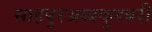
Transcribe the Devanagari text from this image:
साहपुरअब्बदुलबरी